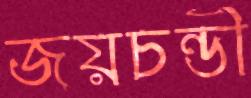
জয়চন্ডী